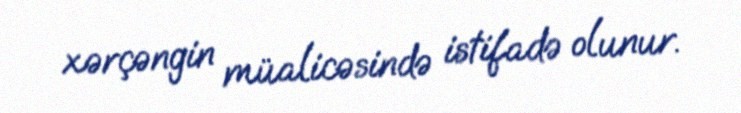
xərçəngin müalicəsində istifadə olunur.